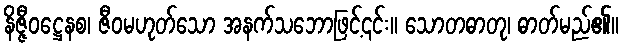
နိဇ္ဇီဝဋ္ဌေနစ၊ ဇီဝမဟုတ်သော အနက်သဘောဖြင့်၎င်း။ သောတဓာတု၊ ဓာတ်မည်၏။